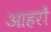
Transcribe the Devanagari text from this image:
आहरों